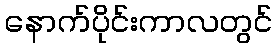
နောက်ပိုင်းကာလတွင်